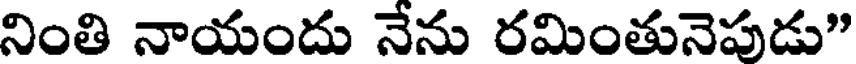
నింతి నాయందు నేను రమింతునెపుడు"